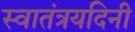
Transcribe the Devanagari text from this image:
स्वातंत्रयदिनी